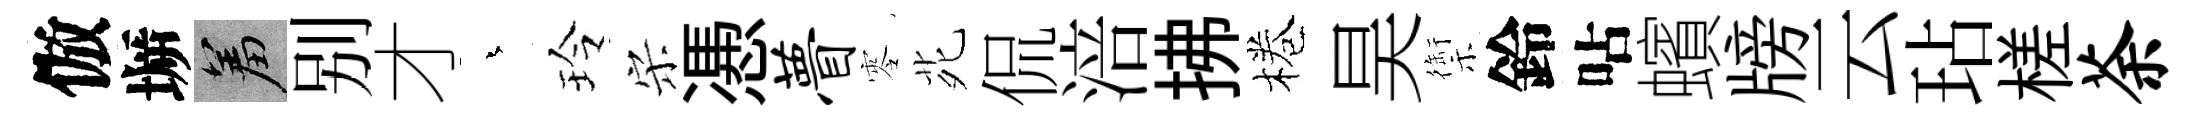
倣󶱲羞别才蒼玲宋慿瞢零𫟍侃涪拂棬昊禦鈴呫蠙牓云玷槎荼